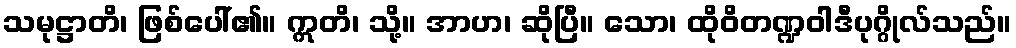
သမုဋ္ဌာတိ၊ ဖြစ်ပေါ်၏။ ဣတိ၊ သို့။ အာဟ၊ ဆိုပြီ။ သော၊ ထိုဝိတဏ္ဍဝါဒီပုဂ္ဂိုလ်သည်။